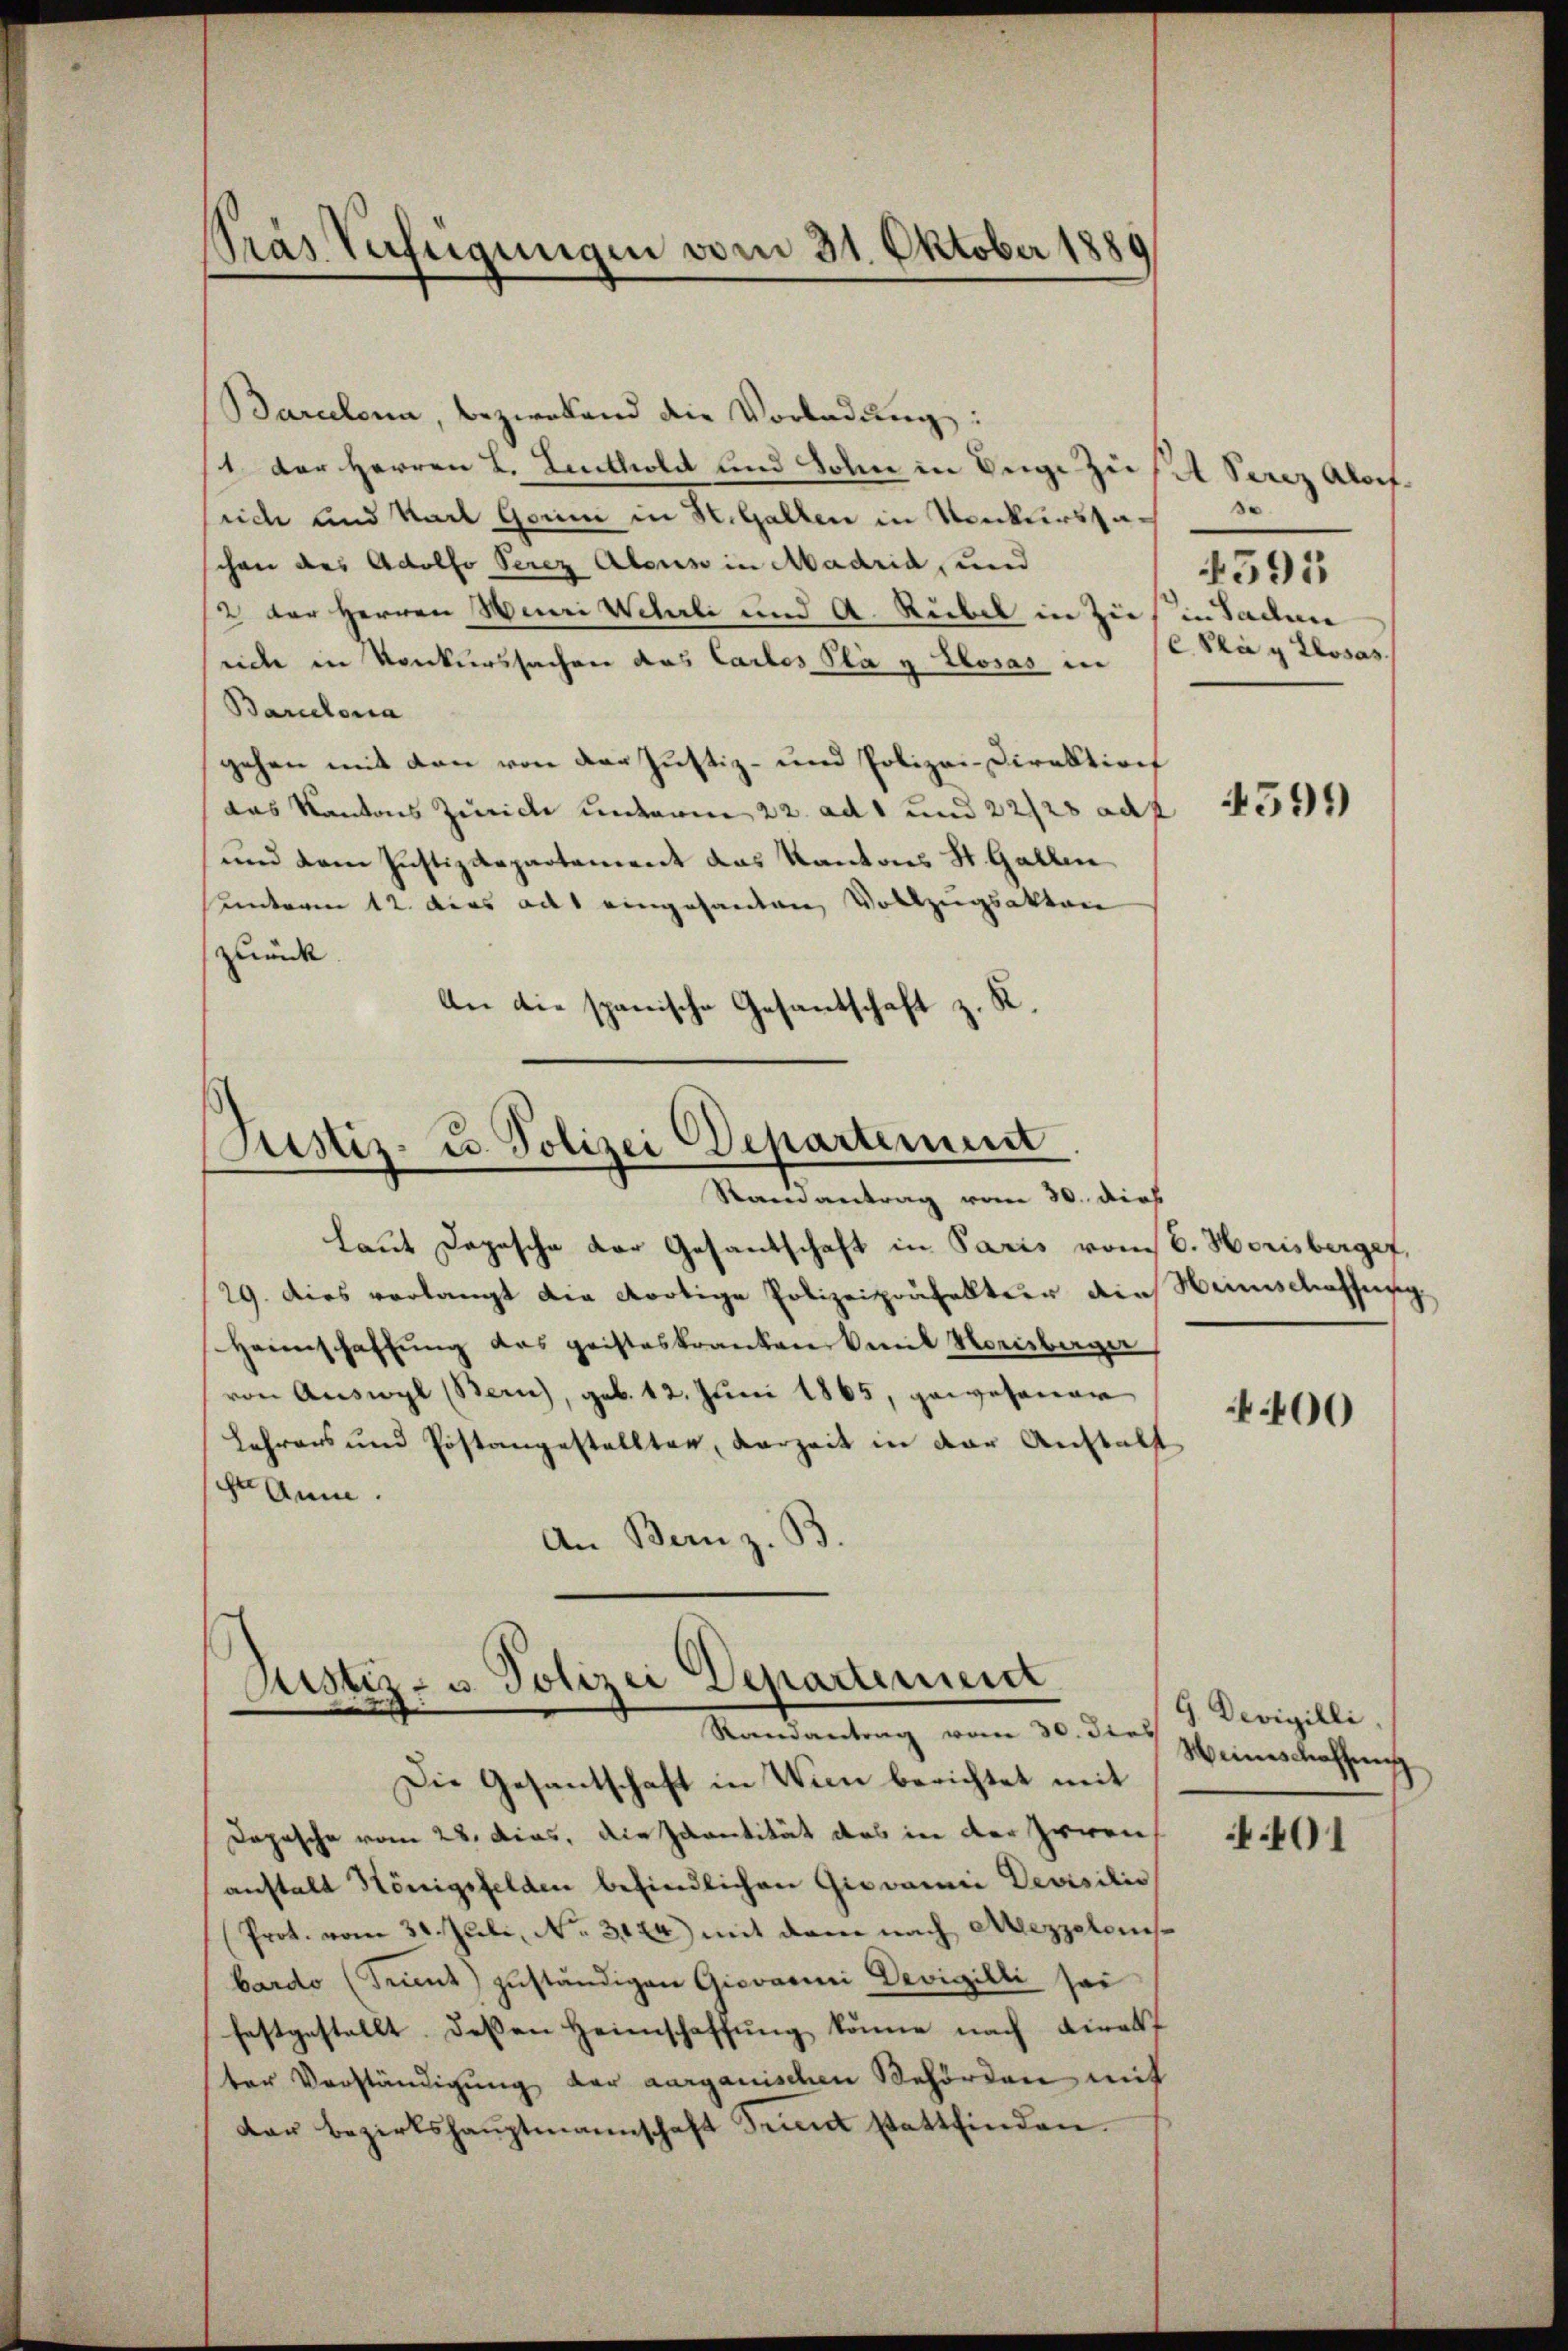
Pras Verfeigungen vom 31. Oktober 1880

Barcelona, bezwekend die Vorladung:
1. Der Herren L. Leuthold und John in Weige Zusat Serez Aloef.
srich und Karl Gomni in H. Gallen in Konkurssaschon des Adolfo Serez Alois in Madrid, und
2 der Herren Henri Wehrli und A. Rubel in Zies in Sadun
eiche in Konkurssachen das Carlos Pla u Posas in
Barcelona
gehen mit den von der Justiz- und Polizei-Direktion
das Kantons Zürich unterm 22. ad 1 und 22128 ad
und dem Justizdepartement das Kantons St. Gallen
unterm 12. dies adt eingesanden Vollzugsakten
zuück
An die spanische Gesantschaft z. R.

Justiz- u. Polizei Departement
Randantrag vom 30. dies

Justiz- u. Polizei Departement
Randantrag vom 30. dies

(C Prag Klosas.

Die Gesantschaft in Wien berichtet mit
Depesche vom 28. Dias, die Ivantität des in der Irren
anstalt Königsfelden befindlichen Giovanii Devisitio
Prot. vom 31. Juli, No. 3124) mit dem nach Aezzelonis
bardo (Trient zŭständigen Giovanini Devigilli sei
festgestellt dessen Heimschaffung könne nach Direkt
ter Verständigung der aargauischen Behörden mit
dar bezirkshaŭptmannschaft Seit stattfinden.

laut Depesche der Gesantschaft in Paris vom 6. Horisberger,
29. Dies verlangt die dortige Polizeipoufalltur die Weinschaffung
Heimschaffŭng des geisteskranken mit Vorberger
von Auswyl (Bern), geb. 12. Juni 1865, gewesener
Lehrens und Postangestellten, verzeit in der Anstalt
sche Anm.
An Bern z. B.

4595

4591)

400

9. Devigilli,
Weinschaffung

401